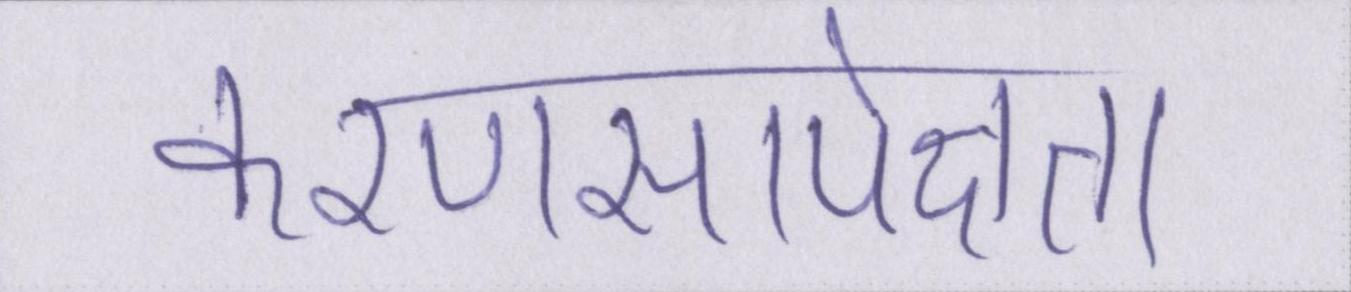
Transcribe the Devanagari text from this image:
करणसापेक्षता